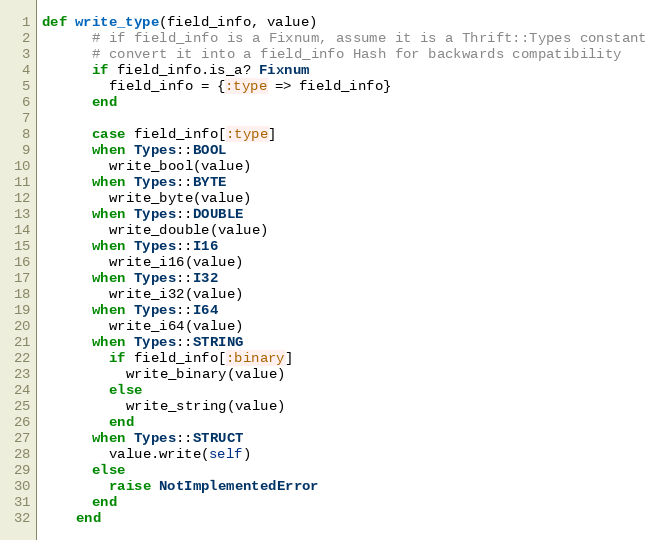
Language: Ruby
def write_type(field_info, value)
      # if field_info is a Fixnum, assume it is a Thrift::Types constant
      # convert it into a field_info Hash for backwards compatibility
      if field_info.is_a? Fixnum
        field_info = {:type => field_info}
      end

      case field_info[:type]
      when Types::BOOL
        write_bool(value)
      when Types::BYTE
        write_byte(value)
      when Types::DOUBLE
        write_double(value)
      when Types::I16
        write_i16(value)
      when Types::I32
        write_i32(value)
      when Types::I64
        write_i64(value)
      when Types::STRING
        if field_info[:binary]
          write_binary(value)
        else
          write_string(value)
        end
      when Types::STRUCT
        value.write(self)
      else
        raise NotImplementedError
      end
    end